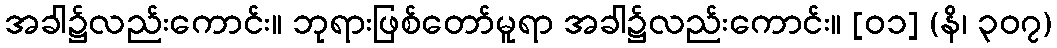
အခါ၌လည်းကောင်း။ ဘုရားဖြစ်တော်မူရာ အခါ၌လည်းကောင်း။ [၀၁] (နိ၊ ၃၀၇)